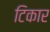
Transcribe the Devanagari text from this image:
टिकार